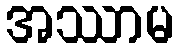
အဿာမ